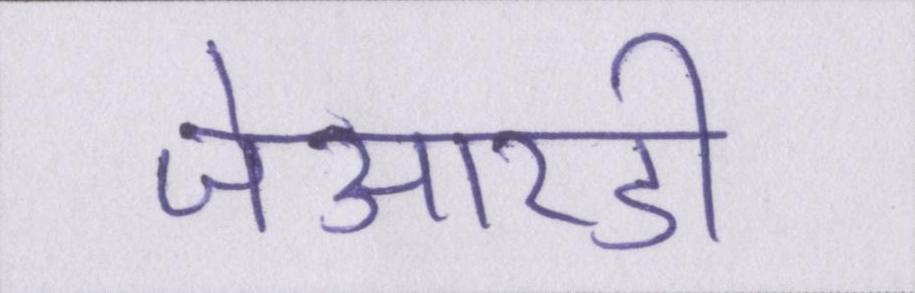
जेआरडी